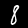
Label: 8